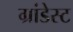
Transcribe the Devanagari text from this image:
ग्रांडेस्ट